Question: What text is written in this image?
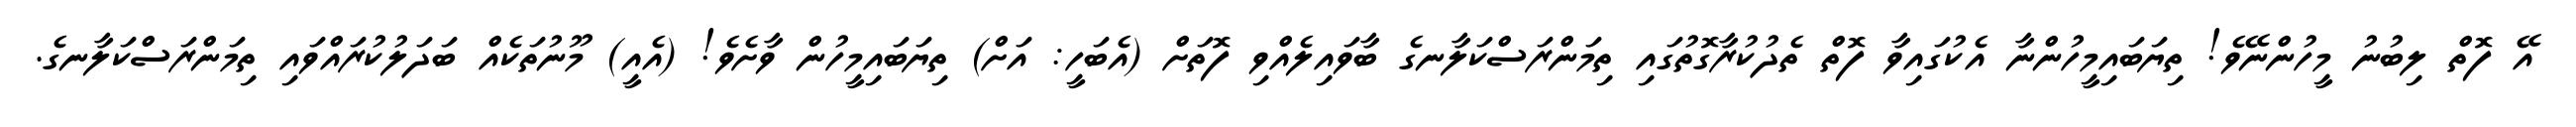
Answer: އޭ ފޮތް ލިބުނު މީހުންނޭވެ! ތިޔަބައިމީހުންނާ އެކުގައިވާ ފޮތް ތެދުކުރާގޮތުގައި ތިމަންރަސްކަލާނގެ ބާވައިލެއްވި ފޮތަށް (އެބަހީ: އަށް) ތިޔަބައިމީހުން ވާށެވެ! (އެއީ) މޫނުތަކެއް ބަދަލުކުރައްވައި ތިމަންރަސްކަލާނގެ.